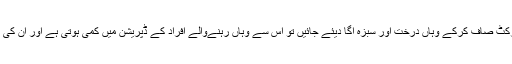
اگر خالی جگہوں پر کوڑا کرکٹ صاف کرکے وہاں درخت اور سبزہ اگا دیئے جائیں تو اس سے وہاں رہنےوالے افراد کے ڈپریشن میں کمی ہوتی ہے اور ان کی مسرتوں میں اضافہ ہوتا ہے۔